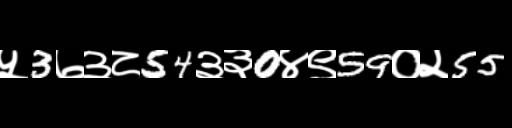
Text: ५3७३८54३३0४९59०२55